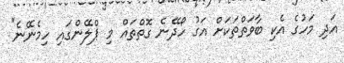
އަދި މަހުގެ އެކި ބާވަތްތަކަށް އަގު ހޯދޭނެ ގޮތްތައް މި ޕްލޭންގައި ހިމެނޭނެ"